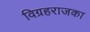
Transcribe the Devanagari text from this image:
विग्रहराजका